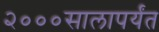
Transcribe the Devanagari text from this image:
२०००सालापर्यंत